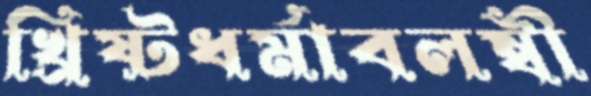
খ্রিষ্টধর্মাবলম্বী